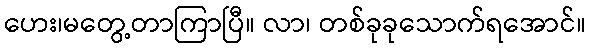
ဟေး၊မတွေ့တာကြာပြီ။ လာ၊ တစ်ခုခုသောက်ရအောင်။